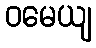
ဝမေယျ